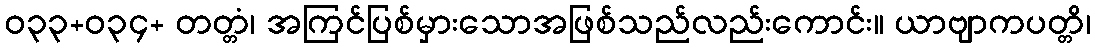
ဝ၃၃+၀၃၄+ တတ္တံ၊ အကြင်ပြစ်မှားသောအဖြစ်သည်လည်းကောင်း။ ယာဗျာကပတ္တိ၊